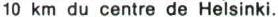
10 km du centre de Helsinki.